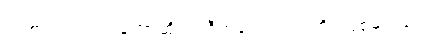
ဝင်စားတဲ့ လူကတော့ဆိုရင် ဒီကလေးရဲ့အဘိုး ဖြစ်မယ်ပေါ့။